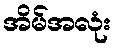
အိမ်အလုံး